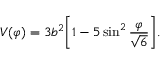
V ( \varphi ) = 3 b ^ { 2 } \biggl [ 1 - 5 \sin ^ { 2 } \frac { \varphi } { \sqrt { 6 } } \biggr ] .